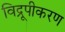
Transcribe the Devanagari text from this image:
विद्रूपीकरण